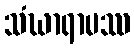
သံဃာရာမဿ